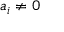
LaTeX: a _ { i } \neq 0